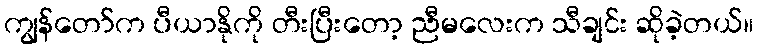
ကျွန်တော်က ပီယာနိုကို တီးပြီးတော့ ညီမလေးက သီချင်း ဆိုခဲ့တယ်။